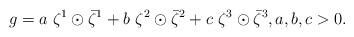
LaTeX: \begin{align*}g = a \ \zeta^1 \odot \bar \zeta^1 + b \ \zeta^2\odot \bar \zeta^2 + c \ \zeta^3 \odot \bar \zeta^3, a,b,c > 0.\end{align*}